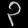
Digit: ၃